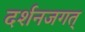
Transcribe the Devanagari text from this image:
दर्शनजगत्